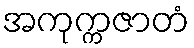
အကုက္ကဇာတံ